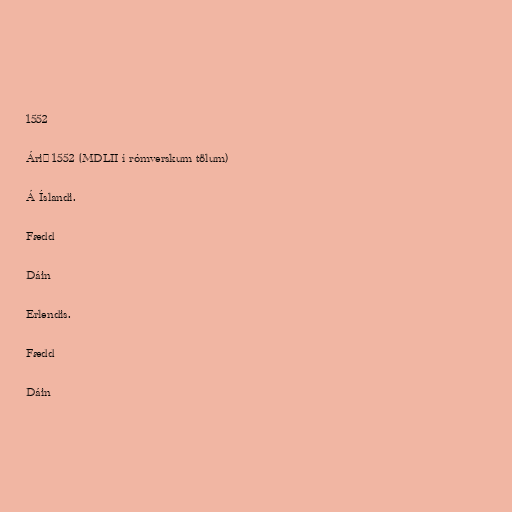
1552

Árið 1552 (MDLII í rómverskum tölum)

Á Íslandi.

Fædd

Dáin

Erlendis.

Fædd

Dáin